Civil Veterinary Department Bengal reports 1923-33 - 1923-1933
Year: 1923
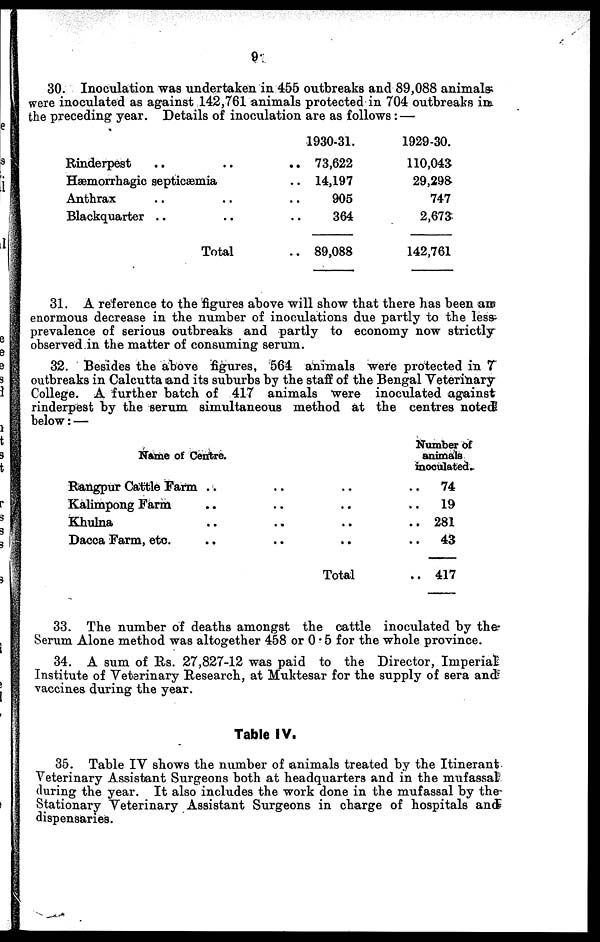
9
30. Inoculation was undertaken in 455 outbreaks and 89,088 animals
were inoculated as against 142,761 animals protected in 704 outbreaks in
the preceding year. Details of inoculation are as follows:—
Rinderpest .. .. ..
Hæmorrhagic septicæmia ..
Anthrax .. .. ..
Blackquarter .. .. ..
Total ..
1930-31.
73,622
14,197
905
364
89,088
1929-30.
110,043
29,298
747
2,673
142,761
31. A reference to the figures above will show that there has been am
enormous decrease in the number of inoculations due partly to the less-
prevalence of serious outbreaks and partly to economy now strictly
observed in the matter of consuming serum.
32. Besides the above figures, 564 animals were protected in 7
outbreaks in Calcutta and its suburbs by the staff of the Bengal Veterinary
College. A further batch of 417 animals were inoculated against
rinderpest by the serum simultaneous method at the centres noted
below:—
Name of Centre.
Rangpur Cattle Farm .. .. ..
Kalimpong Farm .. .. ..
Khulna .. .. ..
Dacca Farm, etc. .. .. ..
Total
Number of
animals
inoculated.
.. 74
.. 19
.. 281
..
43
.. 417
33. The number of deaths amongst the cattle inoculated by the-
Scrum Alone method was altogether 458 or 0.5 for the whole province.
34. A sum of Rs. 27,827-12 was paid to the Director, Imperial
Institute of Veterinary Research, at Muktesar for the supply of sera and
vaccines during the year.
Table IV.
35. Table IV shows the number of animals treated by the Itinerant
Veterinary Assistant Surgeons both at headquarters and in the mufassal
during the year. It also includes the work done in the mufassal by the
Stationary Veterinary Assistant Surgeons in charge of hospitals and
dispensaries.